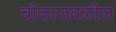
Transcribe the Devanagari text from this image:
चौकाजवळील